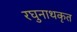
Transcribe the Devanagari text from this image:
रघुनाथकृत